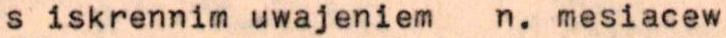
s iskrennim uwajeniem n. mesiacew